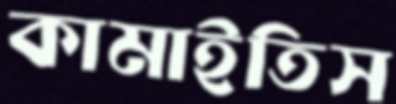
কামাইতিস